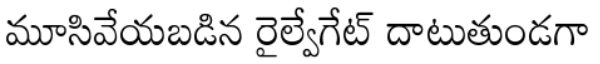
మూసివేయబడిన రైల్వేగేట్ దాటుతుండగా